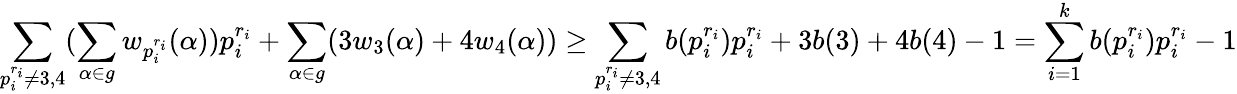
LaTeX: \sum_{p_{i}^{r_{i}}\neq 3,4}(\sum_{\alpha\in g}w_{p_{i}^{r_{i}}}(\alpha))p_{i}^{r_{i}}+\sum_{\alpha\in g}(3w_{3}(\alpha)+4w_{4}(\alpha))\ge\sum_{p_{i}^{r_{i}}\neq 3,4}b(p_{i}^{r_{i}})p_{i}^{r_{i}}+3b(3)+4b(4)-1=\sum_{i=1}^{k}b(p_{i}^{r_{i}})p_{i}^{r_{i}}-1